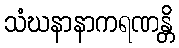
သံဃနာနာကရဏန္တိ